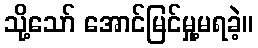
သို့သော် အောင်မြင်မှု့မရခဲ့။